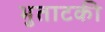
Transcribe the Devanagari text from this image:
भुताटकी